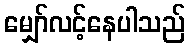
မျှော်လင့်နေပါသည်